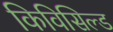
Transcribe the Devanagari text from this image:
किविसिल्ड